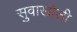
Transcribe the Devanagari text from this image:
सुवाखोली